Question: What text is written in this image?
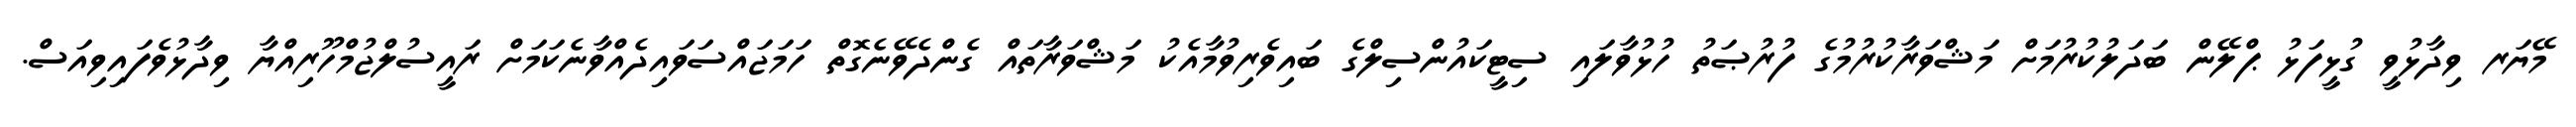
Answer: މޭޔަރ ވިދާޅުވީ ގުޅީފަޅު ޕްލޭން ބަދަލުކުރުމަށް މަޝްވަރާކުރުމުގެ ފުރުޞަތު ހުޅުވާލައި ސިޓީކައުންސިލްގެ ބައިވެރިވުމާއެކު މަޝްވަރާތައް ގެންދެވޭނެގޮތް ހަމަޖައްސަވައިދެއްވާނެކަމަށް ރައީސުލްޖުމްހޫރިއްޔާ ވިދާޅުވެފައިވިއަސް.